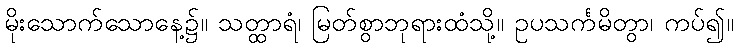
မိုးသောက်သောနေ့၌။ သတ္ထာရံ၊ မြတ်စွာဘုရားထံသို့။ ဥပသင်္ကမိတွာ၊ ကပ်၍။